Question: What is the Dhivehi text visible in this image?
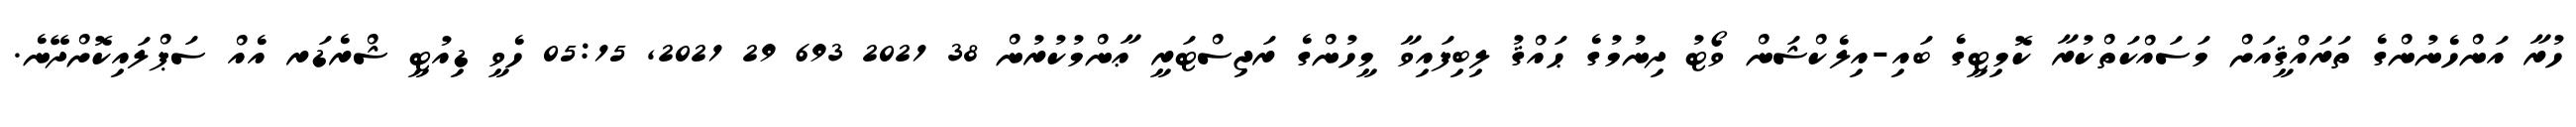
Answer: ހުރާ އަންހެނުންގެ ތަރައްޤީއަށް މަސައްކަތްކުރާ ކޮމިޓީގެ ބައި-އިލެކްޝަން ވޯޓު ދިނުމުގެ ޙައްޤު ލިބިފައިވާ މީހުންގެ ރަޖިސްޓަރީ ޢާންމުކުރުން 38 2021 693 29 2021, 05:15 ހެވީ ޑިއުޓީ ޝްރެޑަރ އެއް ސަޕްލައިކޮށްދޭނެ.